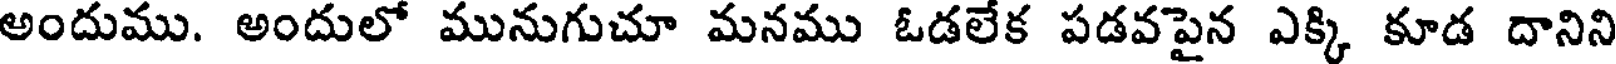
అందుము. అందులో మునుగుచూ మనము ఓడలేక పడవపైన ఎక్కి కూడ దానిని